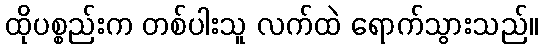
ထိုပစ္စည်းက တစ်ပါးသူ လက်ထဲ ရောက်သွားသည်။